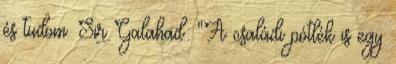
és tudom. Sir Galahad: "A családi pótlék is egy